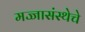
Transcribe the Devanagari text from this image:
मज्जासंस्थेचे